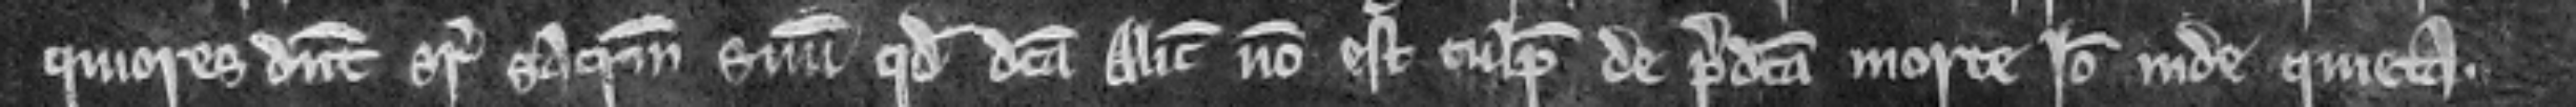
quiores dicunt super sacramentum suum quod dicta Alicia non est culpabilis de predicta morte. Ideo inde quieta.